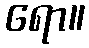
ရော။